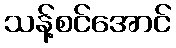
သန့်စင်အောင်